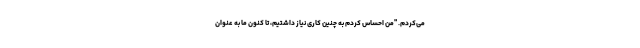
می‌کردم. "من احساس کردم به چنین کاری نیاز داشتیم، تا کنون ما به عنوان